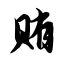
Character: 贿